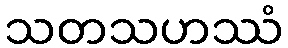
သတသဟဿံ